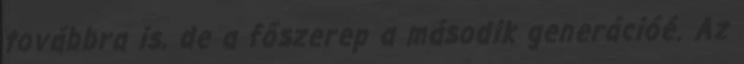
továbbra is, de a főszerep a második generációé. Az